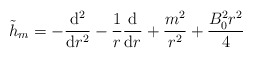
\begin{align*}\tilde{h}_m=-\frac{\mathrm{d}^2} {\mathrm{d}r^2}-\frac{1}{r}\frac{\mathrm{d}}{\mathrm{d}r}+\frac{m^2}{r^2}+\frac{B_0^2 r^2}{4}\end{align*}